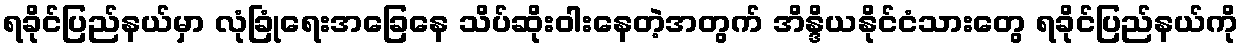
ရခိုင်ပြည်နယ်မှာ လုံခြုံရေးအခြေနေ သိပ်ဆိုးဝါးနေတဲ့အတွက် အိန္ဒိယနိုင်ငံသားတွေ ရခိုင်ပြည်နယ်ကို